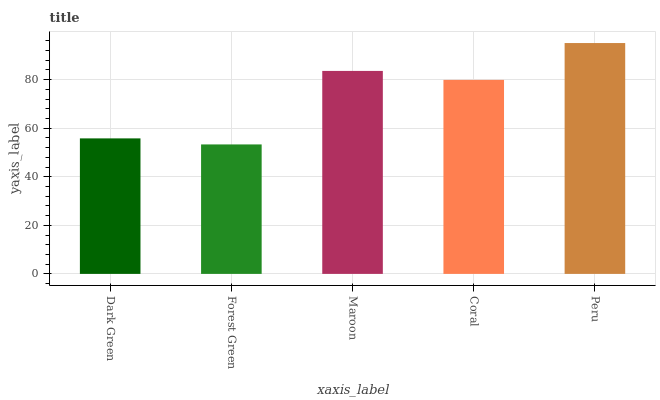
| xaxis_label | bars |
 | --- | --- |
 | Dark Green | 55.8 |
 | Forest Green | 53.3 |
 | Maroon | 83.6 |
 | Coral | 79.9 |
 | Peru | 95.1 |